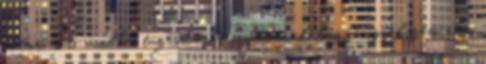
volna, sőt, mintha tüzes vasat nyomnának hozzá igyekszem nem